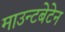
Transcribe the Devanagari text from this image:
माउन्टबेटेन